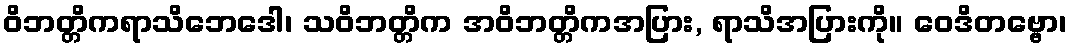
ဝိဘတ္တိကရာသိဘေဒေါ၊ သဝိဘတ္တိက အဝိဘတ္တိကအပြား, ရာသိအပြားကို။ ဝေဒိတဗ္ဗော၊